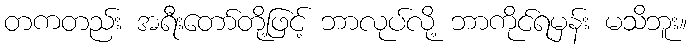
တကတည်း အရီးတော်တို့ဖြင့် ဘာလုပ်လို့ ဘာကိုင်ရမှန်း မသိဘူး။